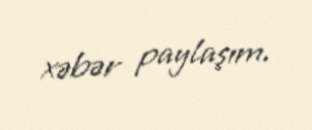
xəbər paylaşım.